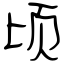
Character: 顷